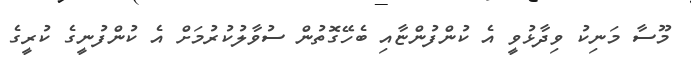
މޫސާ މަނިކު ވިދާޅުވީ އެ ކުންފުންޏާއި ބެހޭގޮތުން ސުވާލުކުރުމަށް އެ ކުންފުނީގެ ކުރީގެ